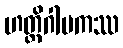
ဟတ္ထိဂါမကဿ